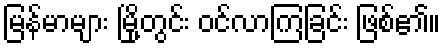
မြန်မာများ မြို့တွင်း ဝင်လာကြခြင်း ဖြစ်၏။